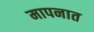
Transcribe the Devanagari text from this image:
मापनात